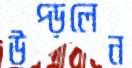
উপ্‌ড়লেন